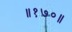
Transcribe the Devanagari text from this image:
॥१७०॥